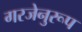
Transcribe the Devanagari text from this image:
गरजेनुरूप